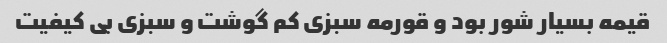
قیمه بسیار شور بود و قورمه سبزی کم گوشت و سبزی بی کیفیت